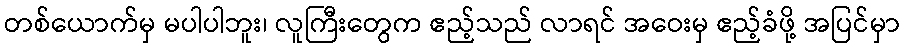
တစ်ယောက်မှ မပါပါဘူး၊ လူကြီးတွေက ဧည့်သည် လာရင် အဝေးမှ ဧည့်ခံဖို့ အပြင်မှာ